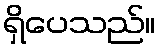
ရှိပေသည်။